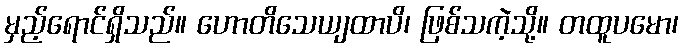
မှည့်ရောင်ရှိသည်။ ဟောတိသေယျထာပိ၊ ဖြစ်သကဲ့သို့။ တထူပမော၊